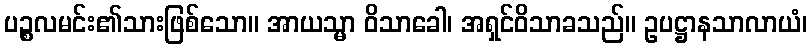
ပဉ္စလမင်း၏သားဖြစ်သော။ အာယသ္မာ ဝိသာခေါ၊ အရှင်ဝိသာခသည်။ ဥပဋ္ဌာနသာလာယံ၊